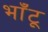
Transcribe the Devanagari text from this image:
भाँटू